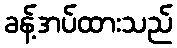
ခန့်အပ်ထားသည်